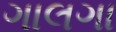
ગાલગા